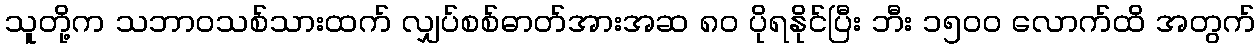
သူတို့က သဘာဝသစ်သားထက် လျှပ်စစ်ဓာတ်အားအဆ ၈၀ ပိုရနိုင်ပြီး ဘီး ၁၅၀၀ လောက်ထိ အတွက်